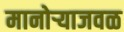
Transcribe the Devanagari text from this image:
मानोऱ्याजवळ